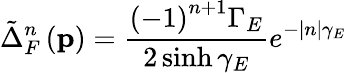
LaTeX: \tilde{\Delta}_{F}^{n}\left(\mathbf{p}\right)=\frac{\left(-1\right)^{n+1}\Gamma_{E}}{2\sinh\gamma_{E}}e^{-|n|\gamma_{E}}